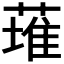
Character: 𫉊